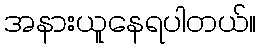
အနားယူနေရပါတယ်။